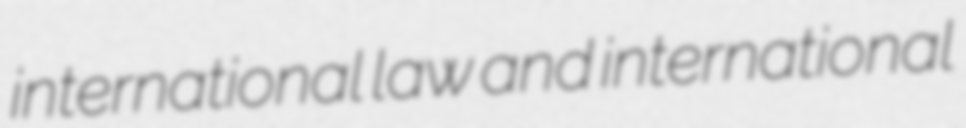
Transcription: international law and international